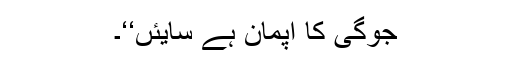
جوگی کا اپمان ہے سایئں‘‘۔